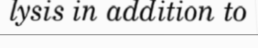
lysis in addition to